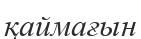
қаймағын